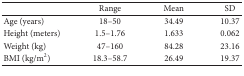
<table><thead><tr><td></td><td><b>Range</b></td><td><b>Mean</b></td><td><b>SD</b></td></tr></thead><tbody><tr><td>Age (years)</td><td>18–50</td><td>34.49</td><td>10.37</td></tr><tr><td>Height (meters)</td><td>1.5–1.76</td><td>1.633</td><td>0.062</td></tr><tr><td>Weight (kg)</td><td>47–160</td><td>84.28</td><td>23.16</td></tr><tr><td>BMI (kg/m2)</td><td>18.3–58.7</td><td>26.49</td><td>19.37</td></tr></tbody></table>